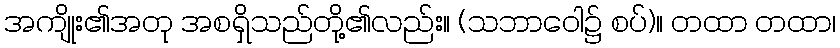
အကျိုး၏အတု အစရှိသည်တို့၏လည်း။ (သဘာဝေါ၌ စပ်)။ တထာ တထာ၊